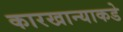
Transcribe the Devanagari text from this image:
कारखान्याकडे